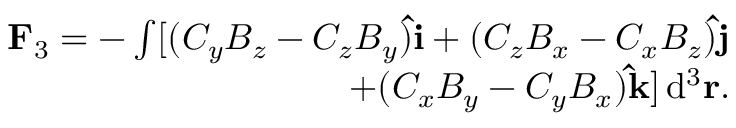
\begin{array} { r } { \mathbf F _ { 3 } = - \int [ ( C _ { y } B _ { z } - C _ { z } B _ { y } ) \mathbf { \hat { i } } + ( C _ { z } B _ { x } - C _ { x } B _ { z } ) \mathbf { \hat { j } } } \\ { + ( C _ { x } B _ { y } - C _ { y } B _ { x } ) \mathbf { \hat { k } } ] \, \mathrm { d } ^ { 3 } \mathbf r . } \end{array}